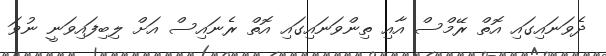
ދެވަނައިގައި އޮތް ރޭމްސް އާއި ތިންވަނައިގައި އޮތް ރެނައިސް އަށް ލިބިފައިވަނީ ނުވަ